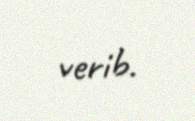
verib.